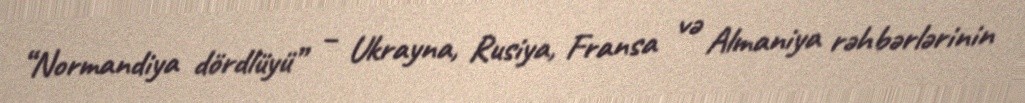
“Normandiya dördlüyü” – Ukrayna, Rusiya, Fransa və Almaniya rəhbərlərinin